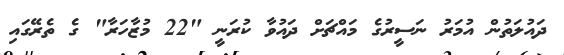
ދައުލަތުން އުމަރު ނަސީރުގެ މައްޗަށް ދައުވާ ކުރަނީ "22 މުޒާހަރާ" ގެ ތެރޭގައި